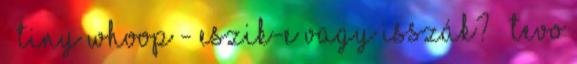
█ Tiny Whoop - Eszik-e vagy isszák? █ TEVO